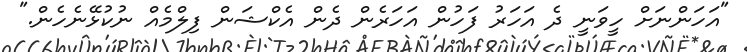
"އަހަންނަށް ހީވަނީ ދެ އަހަރު ފަހުން އަހަރެން ދެން އެކްޝަން ފިލްމެއް ނުކުޅޭނެހެން."